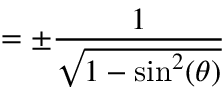
= \pm { \frac { 1 } { \sqrt { 1 - \sin ^ { 2 } ( \theta ) } } }